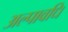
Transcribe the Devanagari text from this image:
अल्‍पावधि